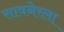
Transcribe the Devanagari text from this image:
सावनेरला